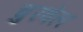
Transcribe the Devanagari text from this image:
चुरवेल